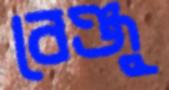
বেঞ্জু